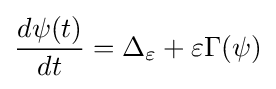
{\frac {d\psi (t)}{dt}}=\Delta _{\varepsilon }+\varepsilon \Gamma (\psi )